Civil Veterinary Dept. Bombay admin report 1923-31 - 1923-1931
Year: 1923
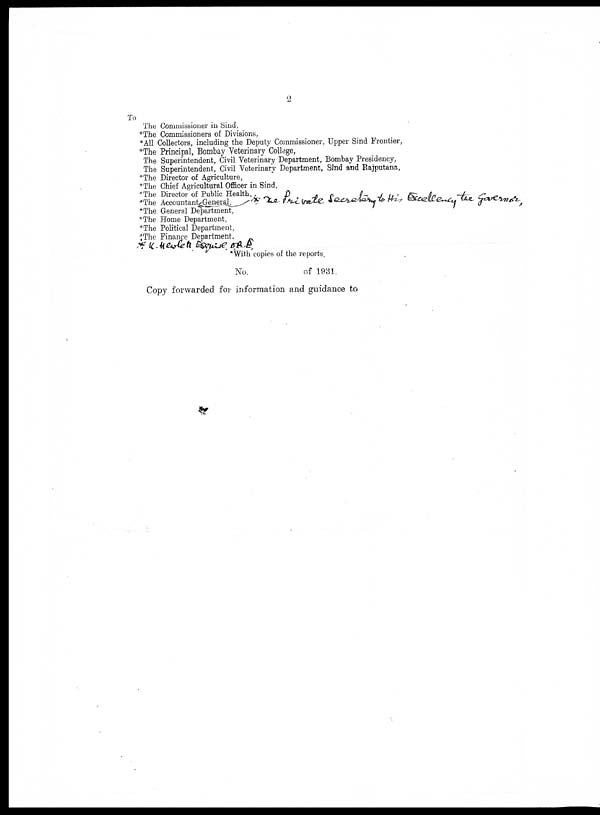
2
To
The Commissioner in Sind,
*The Commissioners of Divisions,
*All Collectors, including the Deputy Commissioner, Upper Sind Frontier,
*The Principal, Bombay Veterinary College,
The Superintendent, Civil Veterinary Department, Bombay Presidency,
The Superintendent, Civil Veterinary Department, Sind and Rajputana,
*The Director of Agriculture,
*The Chief Agricultural Officer in Sind,
*The Director of Public Health,
*The Accountant
General,
*The General Department,
*The Home Department,
*The Political Department,
*The Finance Department.
*With
copies of the reports.
No.
of 1931.
Copy forwarded for information and guidance to